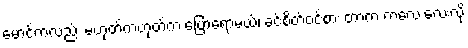
မောင်ကလည်း မဟုတ်ကဟုတ်က ပြောရော့မယ်၊ ခင်စိတ်ဝင်စား တာက ကလေးလေးလို